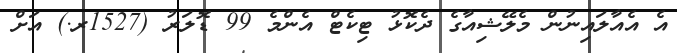
އެ އެއާލައިނުން މެލޭޝިއާގެ ދެކޮޅު ޓިކެޓް އެންމެ 99 ޑޮލަރު (1527ރ.) އަށް